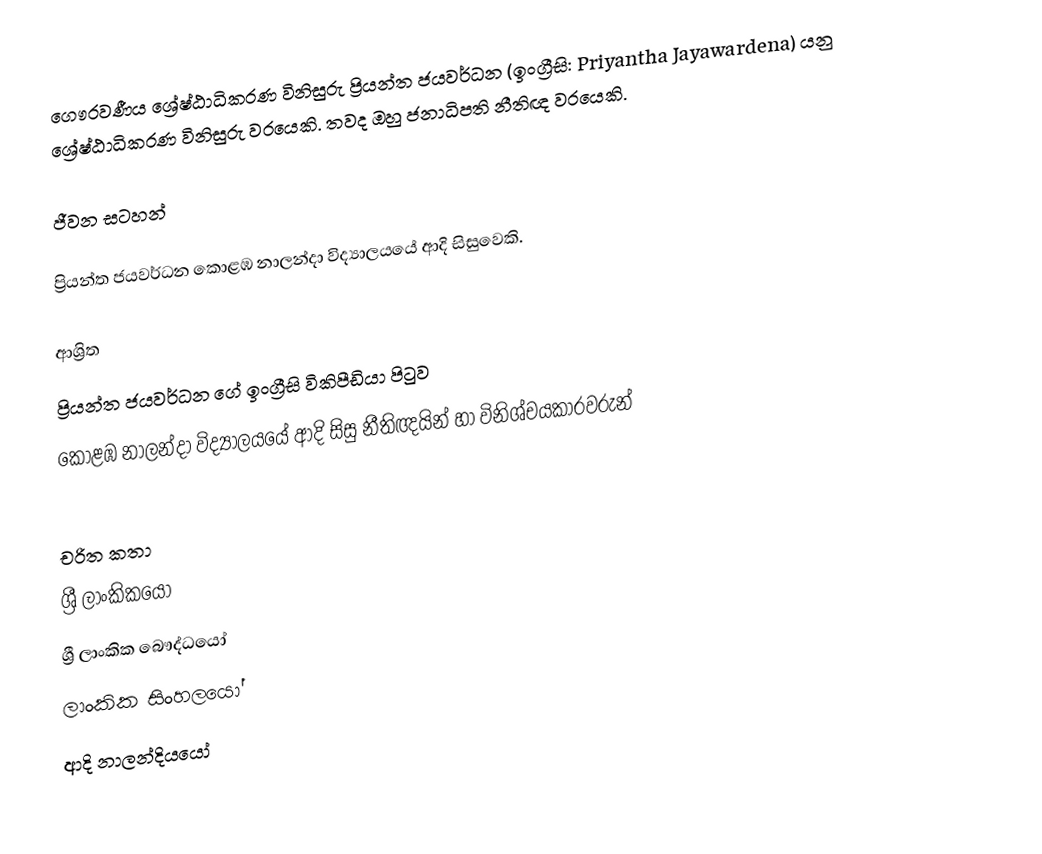
ගෞරවණීය ශ්‍රේෂ්ඨාධිකරණ විනිසුරු ප්‍රියන්ත ජයවර්ධන (ඉංග්‍රීසි: Priyantha Jayawardena) යනු  ශ්‍රේෂ්ඨාධිකරණ විනිසුරු  වරයෙකි. තවද ඔහු ජනාධිපති නීතිඥ වරයෙකි.

ජීවන සටහන්

ප්‍රියන්ත ජයවර්ධන  කොළඹ නාලන්දා විද්‍යාලයයේ ආදි සිසුවෙකි.

ආශ්‍රිත
  ප්‍රියන්ත ජයවර්ධන ගේ ඉංග්‍රීසි විකිපීඩියා පිටුව
 කොළඹ නාලන්දා විද්‍යාලයයේ ආදි සිසු නීතිඥයින් හා විනිශ්චයකාරවරුන්

චරිත කතා
ශ්‍රී ලාංකිකයෝ
ශ්‍රී ලාංකික බෞද්ධයෝ
ලාංකික සිංහලයෝ
ආදි නාලන්දියයෝ